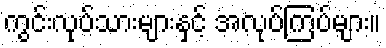
ကွင်းလုပ်သားများနှင့် အလုပ်ကြပ်များ။